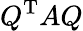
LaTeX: Q^{\mathrm{T}}AQ